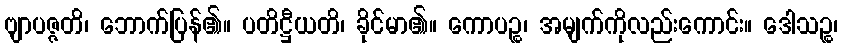
ဗျာပဇ္ဇတိ၊ ဘောက်ပြန်၏။ ပတိဋ္ဌီယတိ၊ ခိုင်မာ၏။ ကောပဉ္စ၊ အမျက်ကိုလည်းကောင်း။ ဒေါသဉ္စ၊